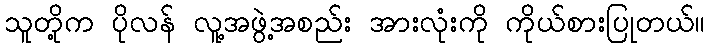
သူတို့က ပိုလန် လူ့အဖွဲ့အစည်း အားလုံးကို ကိုယ်စားပြုတယ်။